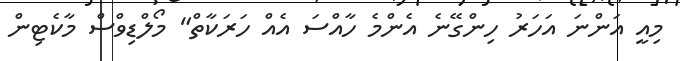
މިއީ އަންނަ އަހަރު ހިންގޭނެ އެންމެ ހާއްސަ އެއް ހަރަކާތް" މޯލްޑިވްސް މާކެޓިން